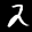
Label: 2